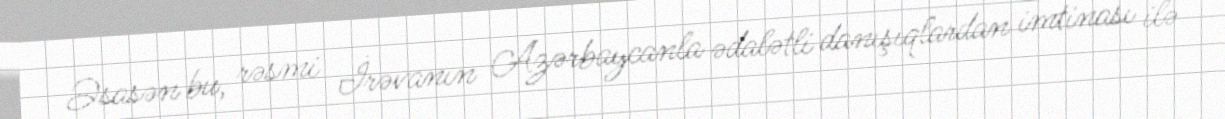
Əsasən bu, rəsmi İrəvanın Azərbaycanla ədalətli danışıqlardan imtinası ilə